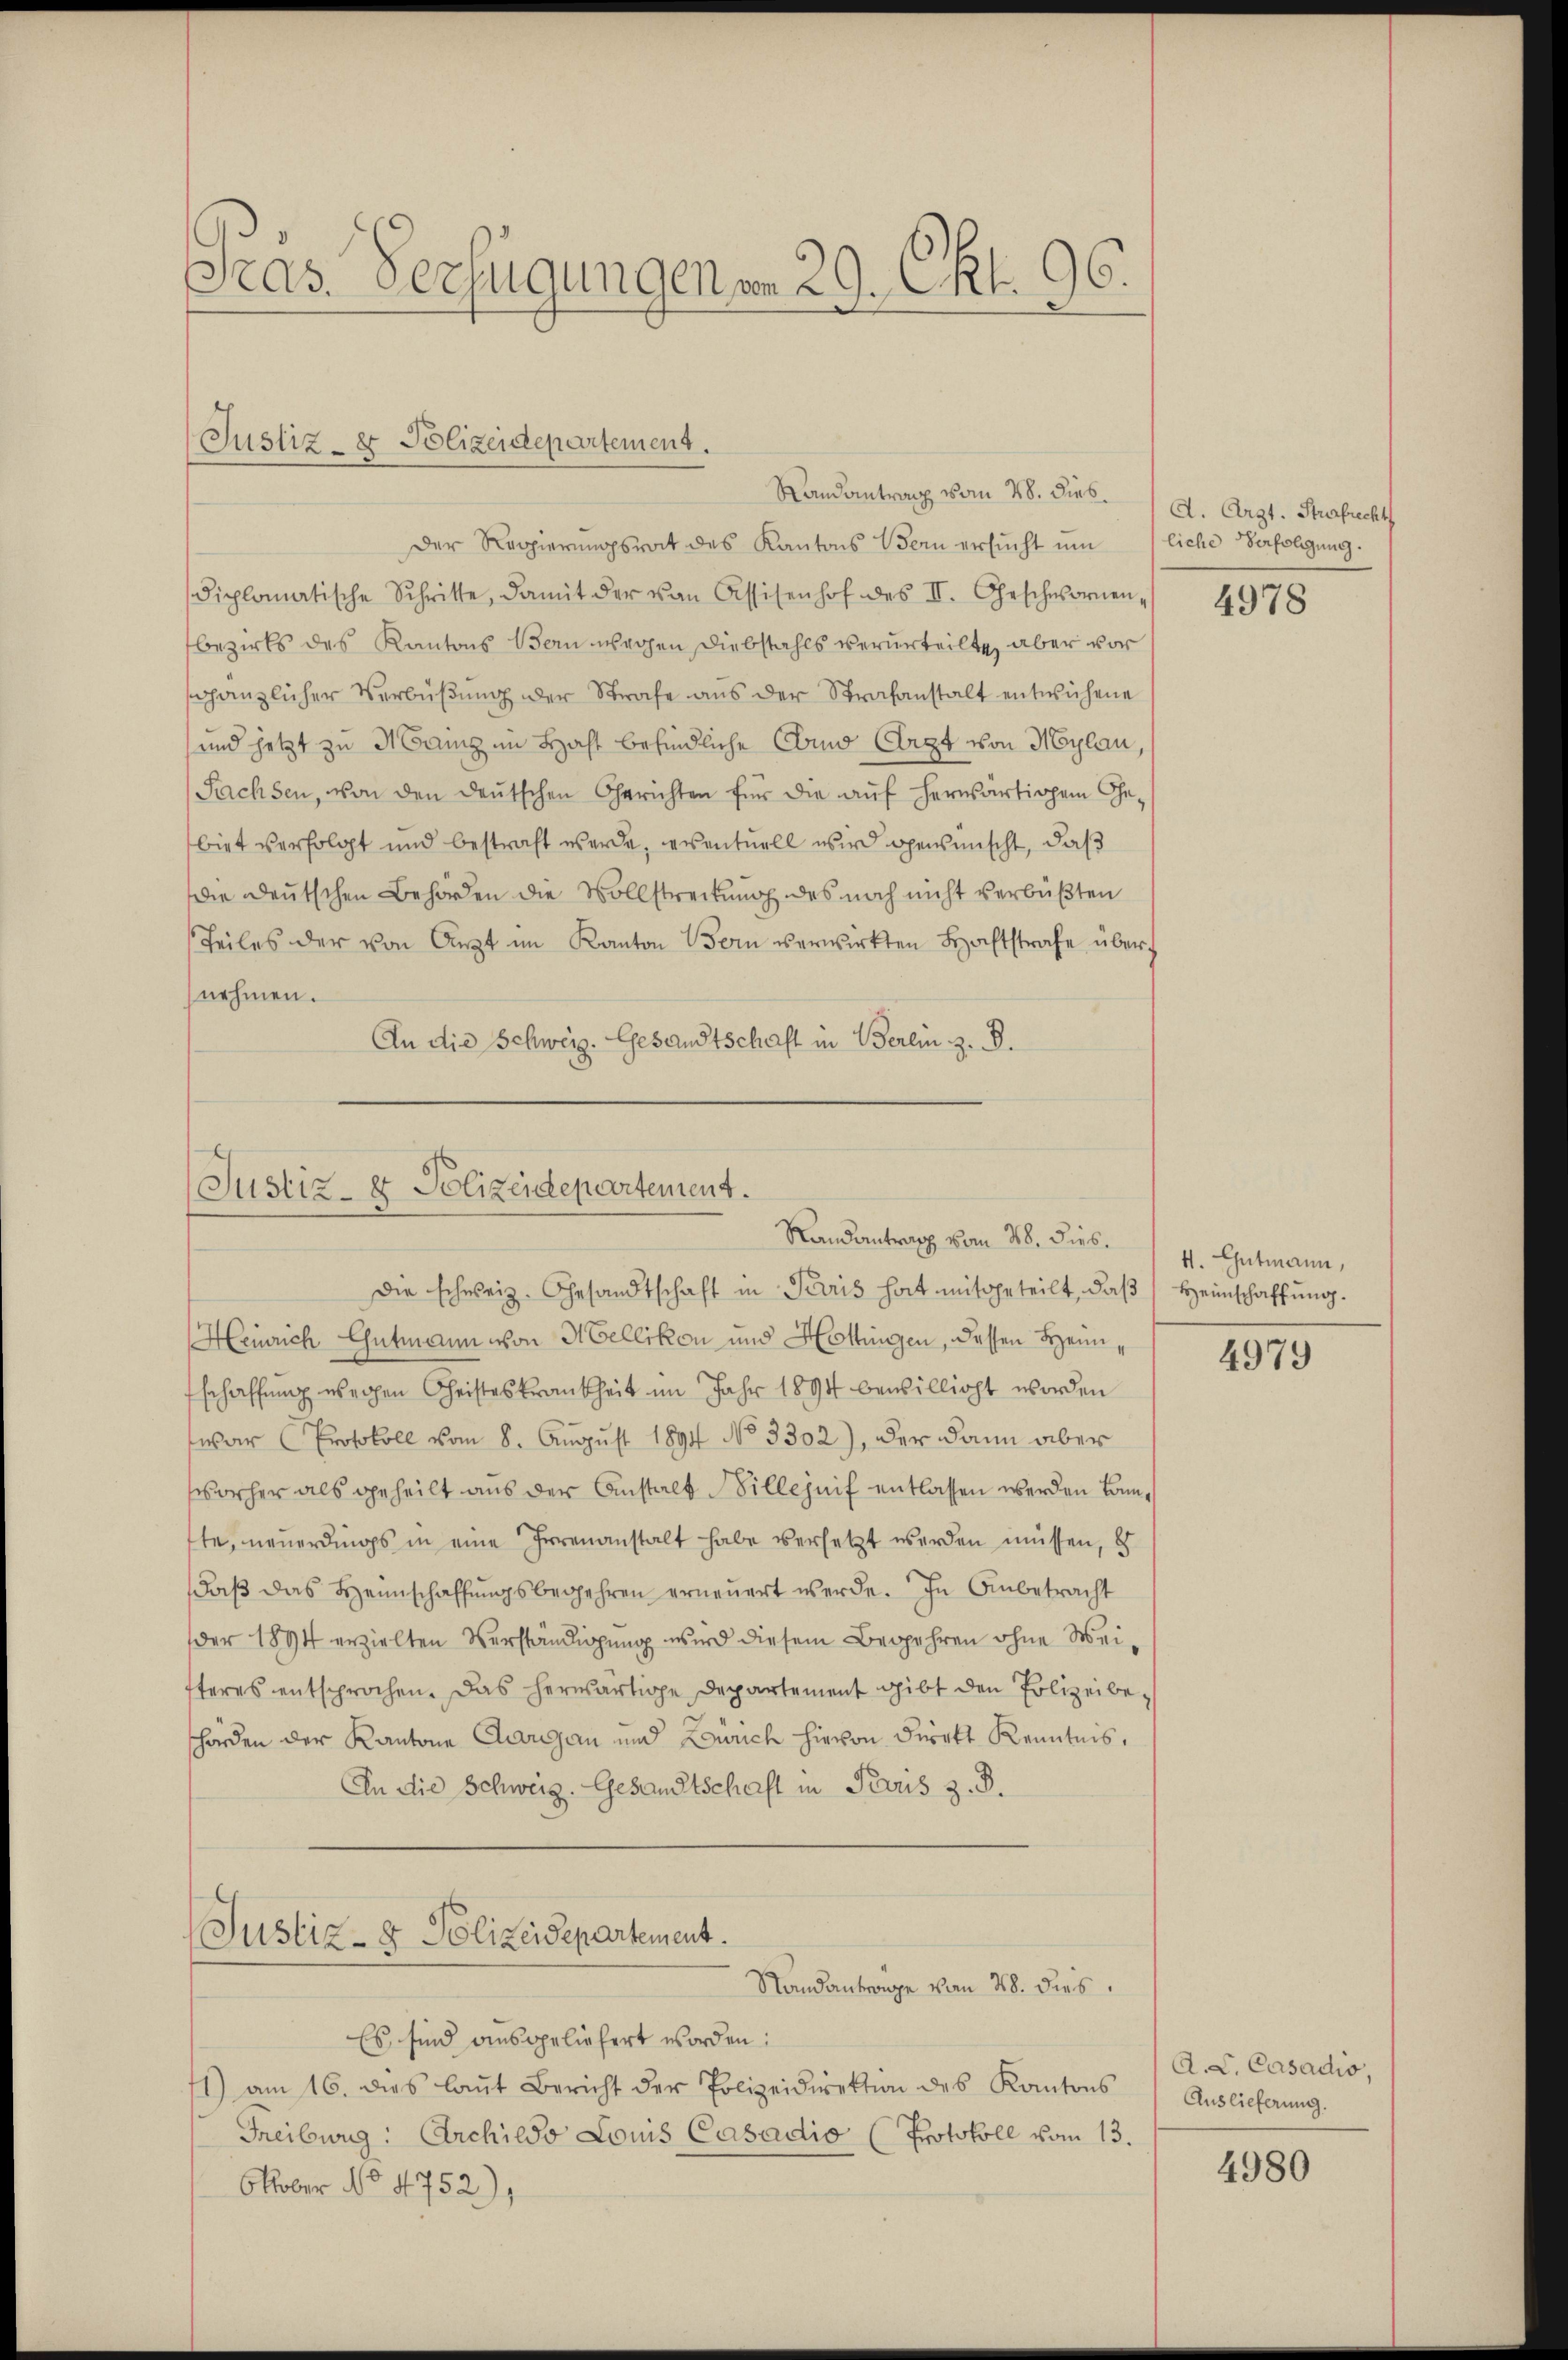
Gras Verfügungen am 29. Okt. 96.

Justiz- & Polizeidepartement.

Randantrag vom 28. Dieb.
Der Regierŭngsrat des Kantons Wern ersŭcht ŭm 1 liche Verfolgŭng.
diplomatische Schritte, damit der von Assisenhof des II. Geschwornenbezirks des Kantons Bern wegen Diebstahls verurteilte, aber vor
gänzlicher Verbüßung der Strafe aus der Strafanstalt entwichene
und jetzt zu Mainz im Haft befindliche Como (Arzt von Mylau,
Sachsen, von den deŭtschen Gerichten für die aŭf herwärtigem Ge-
biet verfolgt und bestraft werde, eventuell wird gewünscht, daß
die Deutschen Behörden die Vollstreitung des noch nicht verbüßten
Teiles der von Arzt im Kanton Bern verwirkten Haftstrafe über
nehmen.
An die Schweiz. Gesandtschaft in Berlin z. B.

die schweiz. Gesandtschaft in Paris hat mitgeteilt, daβ Heimschaffung.
Heinrich Gutmann von H Cellikon und Hottingen, dessen Heim,
schaffung wegen Christeskrankheit im Jahr 1894 bewilligt worden
war (Protokoll vom 8. August 1894 No 3302), der dann aber
orher als geheilt aus der Anstalt Billejnif entlassen werden kann,
fte, neuerdings in eine Irrenanstalt habe versetzt werden müssen, es
daβ das Heimschaffŭngsbegehren erneuert werde. In Anbetracht
der 1894 erzielten Verständigung wird diesem Begehren ohne Weisteres entsprochen. Das herwärtige Departement gibt den Polizeibeschörden der Kantone Aargau und Zürich hievon Direkt Kenntnis,
In die Schweiz. Gesandtschaft in Perus z. B.
Justiz- & Polizeidepartement.
Standantrage von 28. dies
Es sind ausgeliefert worden:
1) am 16. dies laŭt Bericht der Polizeidirektion des Kantons
Freibwug: Archildo Louis Casadio (Protokoll vom 13.
Oktober No 4752),

Justiz- & Polizeidepartement.
Randantrag vom 28. Dies 4. Gutmann,

d. Arzt. Strafrecht

4978

4979

A. L. Casadio.
Auslieferung.

4980